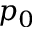
p _ { 0 }